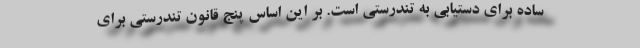
ساده برای دستیابی به تندرستی است. بر این اساس پنج قانون تندرستی برای